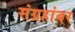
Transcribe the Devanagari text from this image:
संग्रहांवर